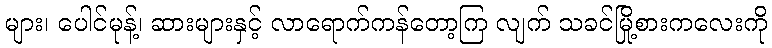
များ၊ ပေါင်မုန့်၊ ဆားများနှင့် လာရောက်ကန်တော့ကြ လျက် သခင်မြို့စားကလေးကို